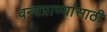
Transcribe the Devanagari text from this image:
वन्यप्राण्यांसाठी